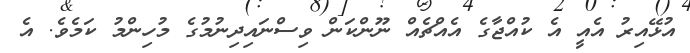
އުޅޭއިރު އެއީ އެ ކުއްޖާގެ އެއްޗެއް ނޫންކަން ވިސްނައިދިނުމުގެ މުހިންމު ކަމެވެ. އެ